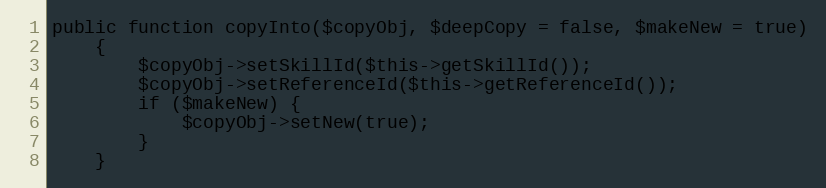
Language: PHP
public function copyInto($copyObj, $deepCopy = false, $makeNew = true)
    {
        $copyObj->setSkillId($this->getSkillId());
        $copyObj->setReferenceId($this->getReferenceId());
        if ($makeNew) {
            $copyObj->setNew(true);
        }
    }